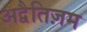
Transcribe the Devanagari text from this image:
अद्वैतिज़म